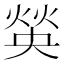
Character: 𤋍